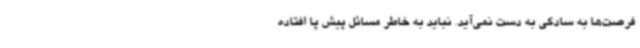
فرصت‌ها به سادگی به دست نمی‌آید. نباید به خاطر مسائل پیش پا افتاده